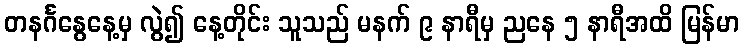
တနင်္ဂနွေနေ့မှ လွဲ၍ နေ့တိုင်း သူသည် မနက် ၉ နာရီမှ ညနေ ၅ နာရီအထိ မြန်မာ